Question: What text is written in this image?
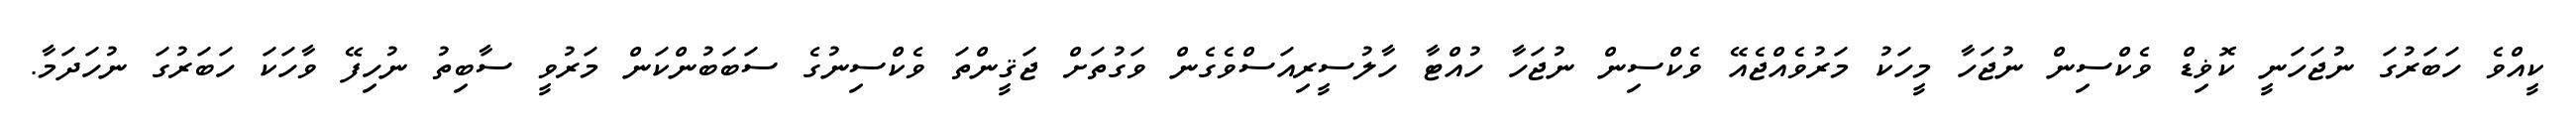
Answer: ކީއްވެ ހަބަރުގަ ނުޖަހަނީ ކޮޥިޑް ވެކްސިން ނުޖަހާ މީހަކު މަރުވެއްޖެއޭ ވެކްސިން ނުޖަހާ ހުއްޓާ ހާލުސީރިއަސްވެގެން ވަގުތަށް ޖަޤީންތަ ވެކްސިނުގެ ސަބަބުންކަން މަރުވީ ސާބިތު ނުހިފޭ ވާހަކަ ހަބަރުގަ ނުހަދަމާ.